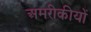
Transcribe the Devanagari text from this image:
अमरीकीयों